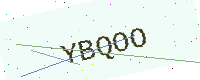
Text: YBQOO